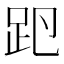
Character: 𧿏